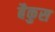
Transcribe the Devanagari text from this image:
बैकुस